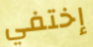
إختفي